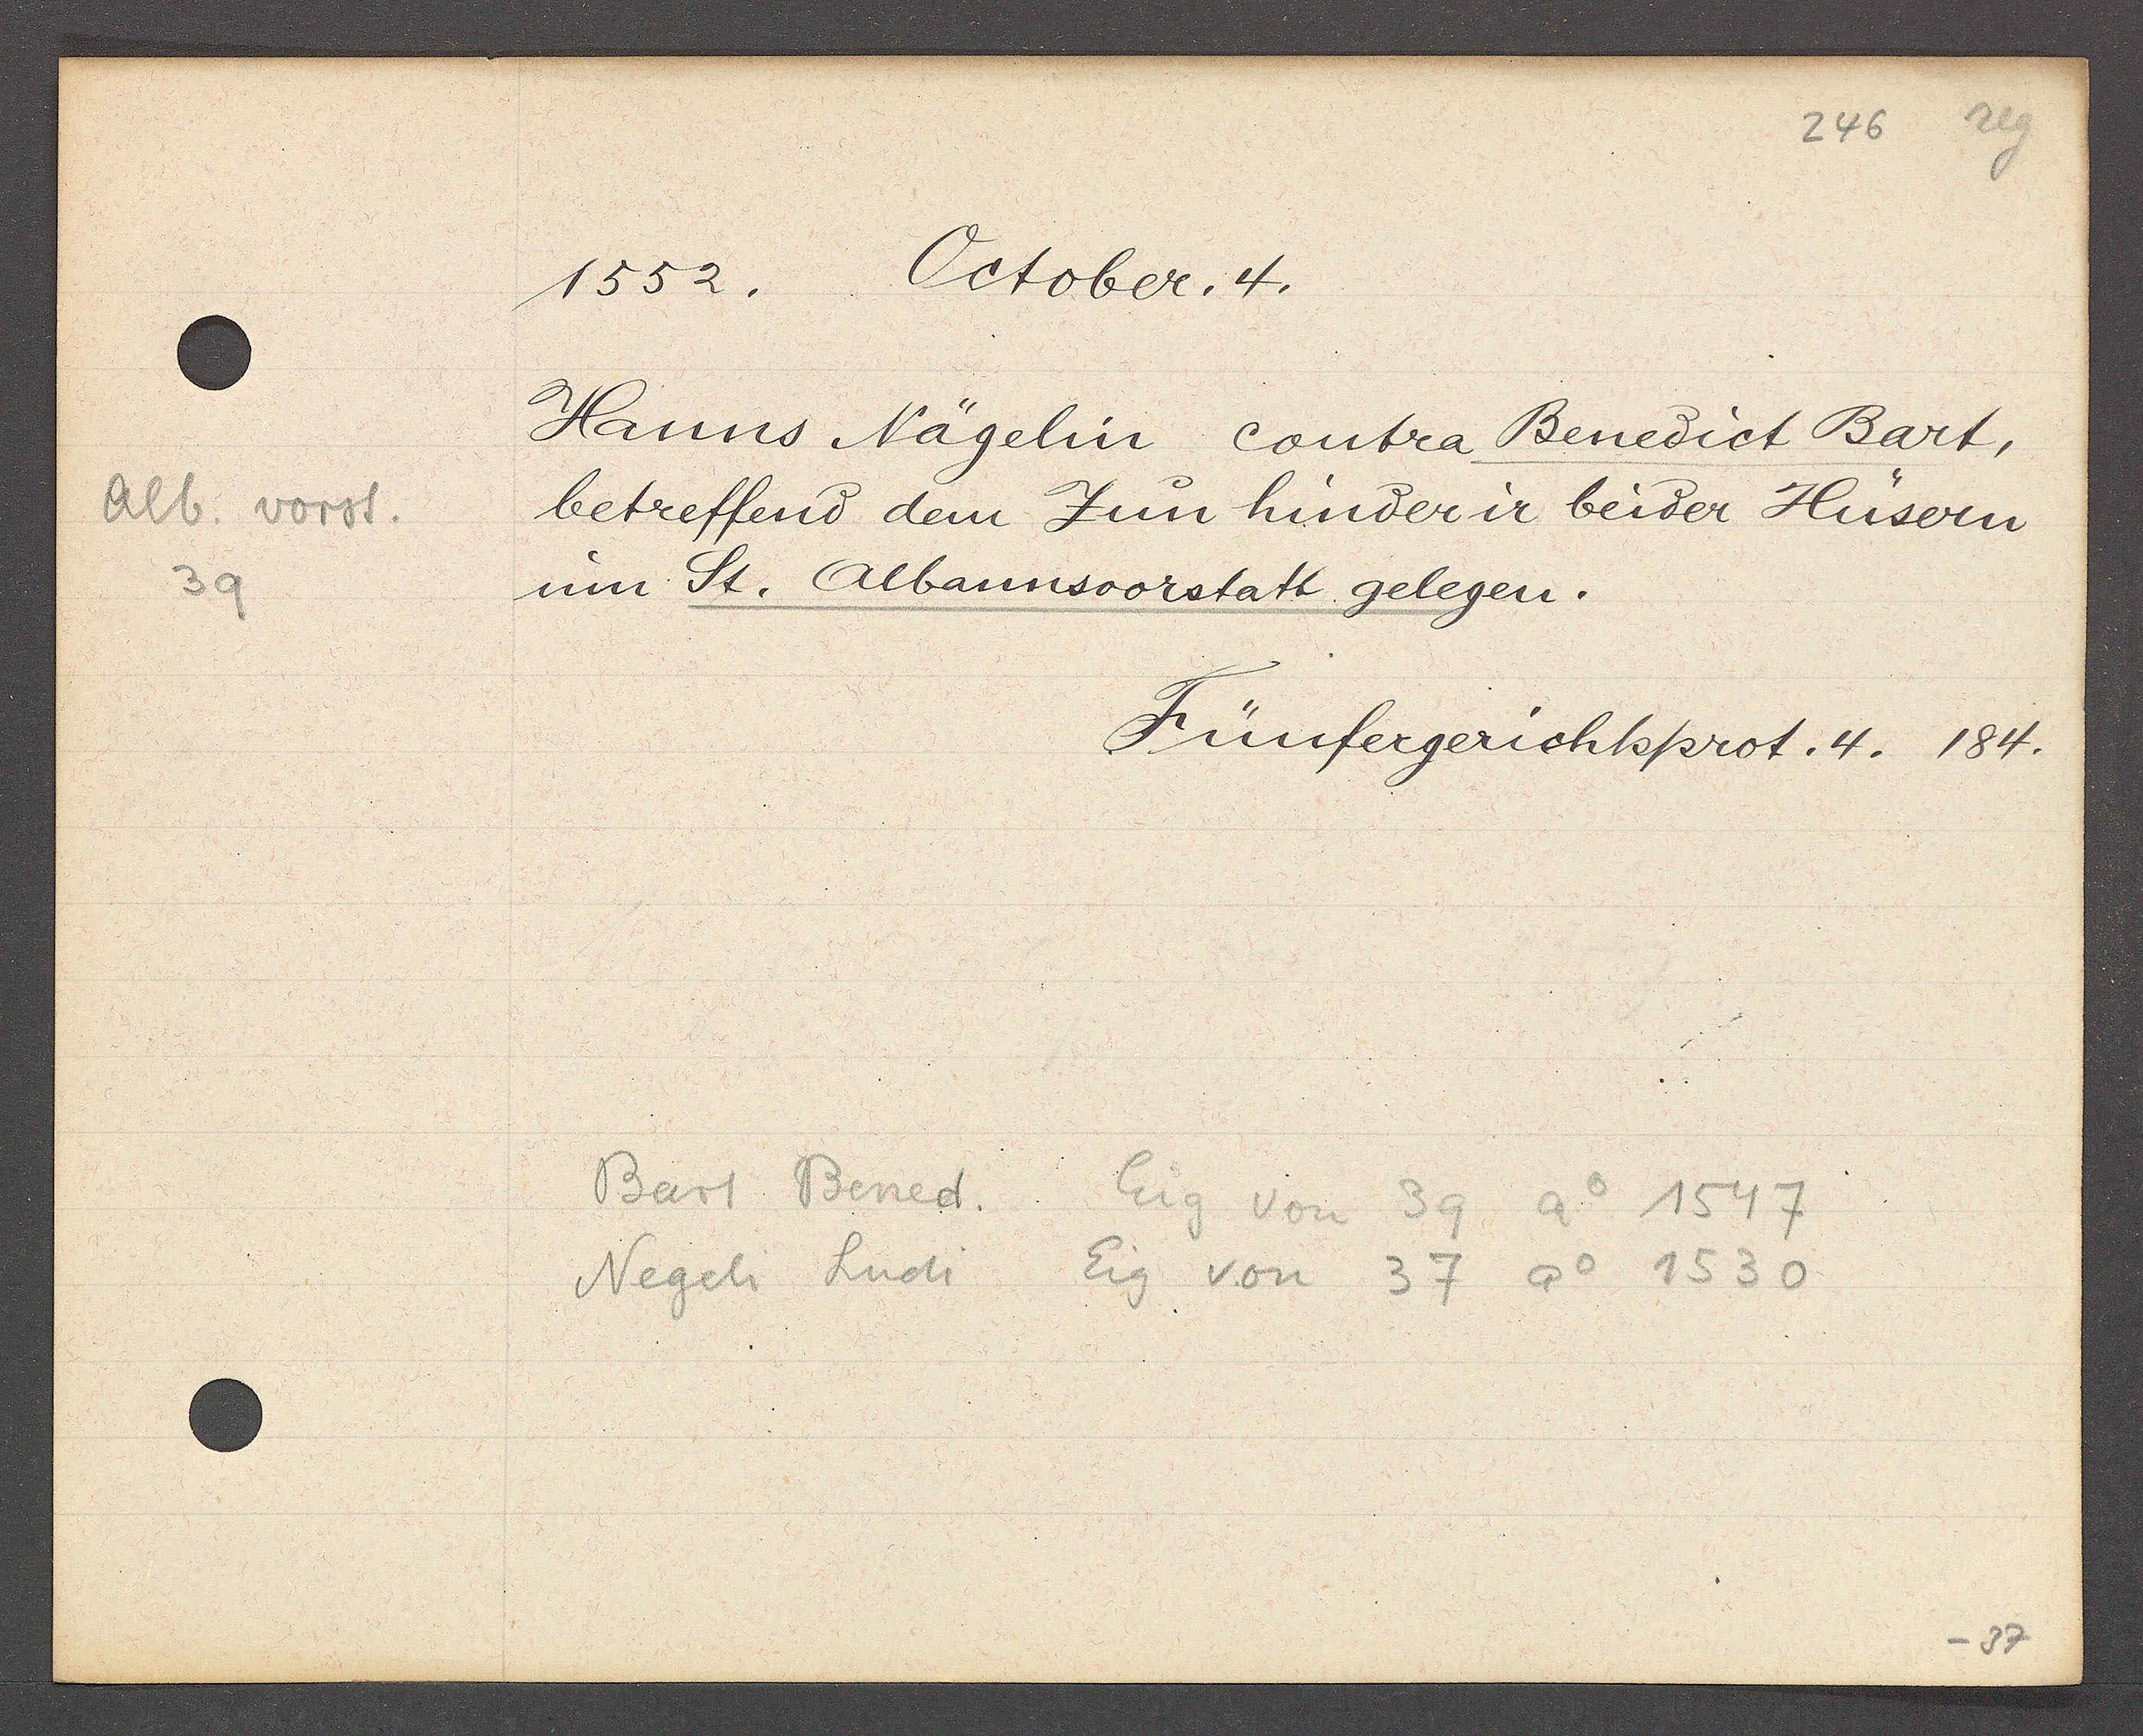
Transcript:
Alb vorst.
39

1552. October. 4.

Hanns Nägelin contra Benedict Bart,
betreffend dem Jun hinder ir beider Hüsern
um St. Albannsvorstatt gelegen.

Fünfergerichtsprot. 4. 184.

Bart Bened. Eig von 39 Ao 1547
Eig von 37 Ao 1530
Negeli Ludi